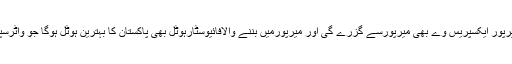
سی پیک کے تحت مانسہرہ مظفرآباد،میرپور ایکسپریس وے بھی میرپورسے گزرے گی اور میرپورمیں بننے والافائیوسٹارہوٹل بھی پاکستان کا بہترین ہوٹل ہوگا جو واٹرسپورٹس کی سرگرمیوں کواجاگرکرے گا۔